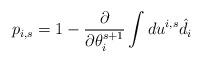
LaTeX: \begin{align*}p_{i,s} = 1- \frac{\partial }{\partial \theta_i^{s+1}} \int du^{i,s} \hat{d}_i\end{align*}